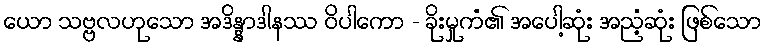
ယော သဗ္ဗလဟုသော အဒိန္နာဒါနဿ ဝိပါကော - ခိုးမှုကံ၏ အပေါ့ဆုံး အညံ့ဆုံး ဖြစ်သော